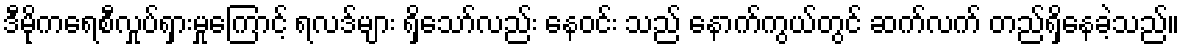
ဒီမိုကရေစီလှုပ်ရှားမှုကြောင့် ရလဒ်များ ရှိသော်လည်း နေဝင်း သည် နောက်ကွယ်တွင် ဆက်လက် တည်ရှိနေခဲ့သည်။